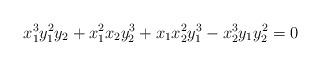
LaTeX: \begin{align*}x_1^3 y_1^2 y_2 + x_1^2 x_2 y_2^3 + x_1 x_2^2 y_1^3 - x_2^3 y_1 y_2^2 = 0 \end{align*}